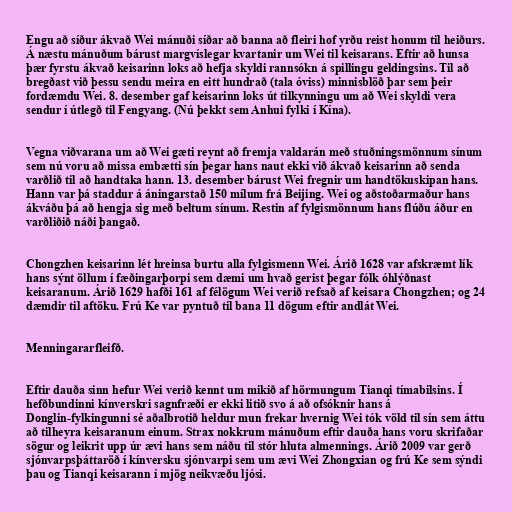
Engu að síður ákvað Wei mánuði síðar að banna að fleiri hof yrðu reist honum til heiðurs.
Á næstu mánuðum bárust margvíslegar kvartanir um Wei til keisarans. Eftir að hunsa
þær fyrstu ákvað keisarinn loks að hefja skyldi rannsókn á spillingu geldingsins. Til að
bregðast við þessu sendu meira en eitt hundrað (tala óviss) minnisblöð þar sem þeir
fordæmdu Wei. 8. desember gaf keisarinn loks út tilkynningu um að Wei skyldi vera
sendur í útlegð til Fengyang. (Nú þekkt sem Anhui fylki í Kína).

Vegna viðvarana um að Wei gæti reynt að fremja valdarán með stuðningsmönnum sínum
sem nú voru að missa embætti sín þegar hans naut ekki við ákvað keisarinn að senda
varðlið til að handtaka hann. 13. desember bárust Wei fregnir um handtökuskipan hans.
Hann var þá staddur á áningarstað 150 mílum frá Beijing. Wei og aðstoðarmaður hans
ákváðu þá að hengja sig með beltum sínum. Restin af fylgismönnum hans flúðu áður en
varðliðið náði þangað.

Chongzhen keisarinn lét hreinsa burtu alla fylgismenn Wei. Árið 1628 var afskræmt lík
hans sýnt öllum í fæðingarþorpi sem dæmi um hvað gerist þegar fólk óhlýðnast
keisaranum. Árið 1629 hafði 161 af félögum Wei verið refsað af keisara Chongzhen; og 24
dæmdir til aftöku. Frú Ke var pyntuð til bana 11 dögum eftir andlát Wei.

Menningararfleifð.

Eftir dauða sinn hefur Wei verið kennt um mikið af hörmungum Tianqi tímabilsins. Í
hefðbundinni kínverskri sagnfræði er ekki litið svo á að ofsóknir hans á
Donglin-fylkingunni sé aðalbrotið heldur mun frekar hvernig Wei tók völd til sín sem áttu
að tilheyra keisaranum einum. Strax nokkrum mánuðum eftir dauða hans voru skrifaðar
sögur og leikrit upp úr ævi hans sem náðu til stór hluta almennings. Árið 2009 var gerð
sjónvarpsþáttaröð í kínversku sjónvarpi sem um ævi Wei Zhongxian og frú Ke sem sýndi
þau og Tianqi keisarann í mjög neikvæðu ljósi.